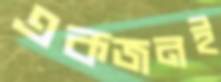
একজনই